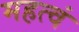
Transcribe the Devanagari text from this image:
महत्वं